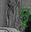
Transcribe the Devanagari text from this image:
मॄ